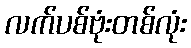
လက်ပစ်ဗုံးတစ်လုံး